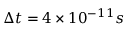
\Delta t = 4 \times 1 0 ^ { - 1 1 } s